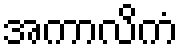
အကာလိကံ